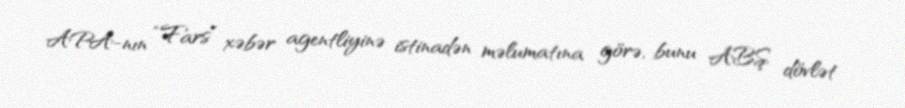
APA-nın “Fars” xəbər agentliyinə istinadən məlumatına görə, bunu ABŞ dövlət